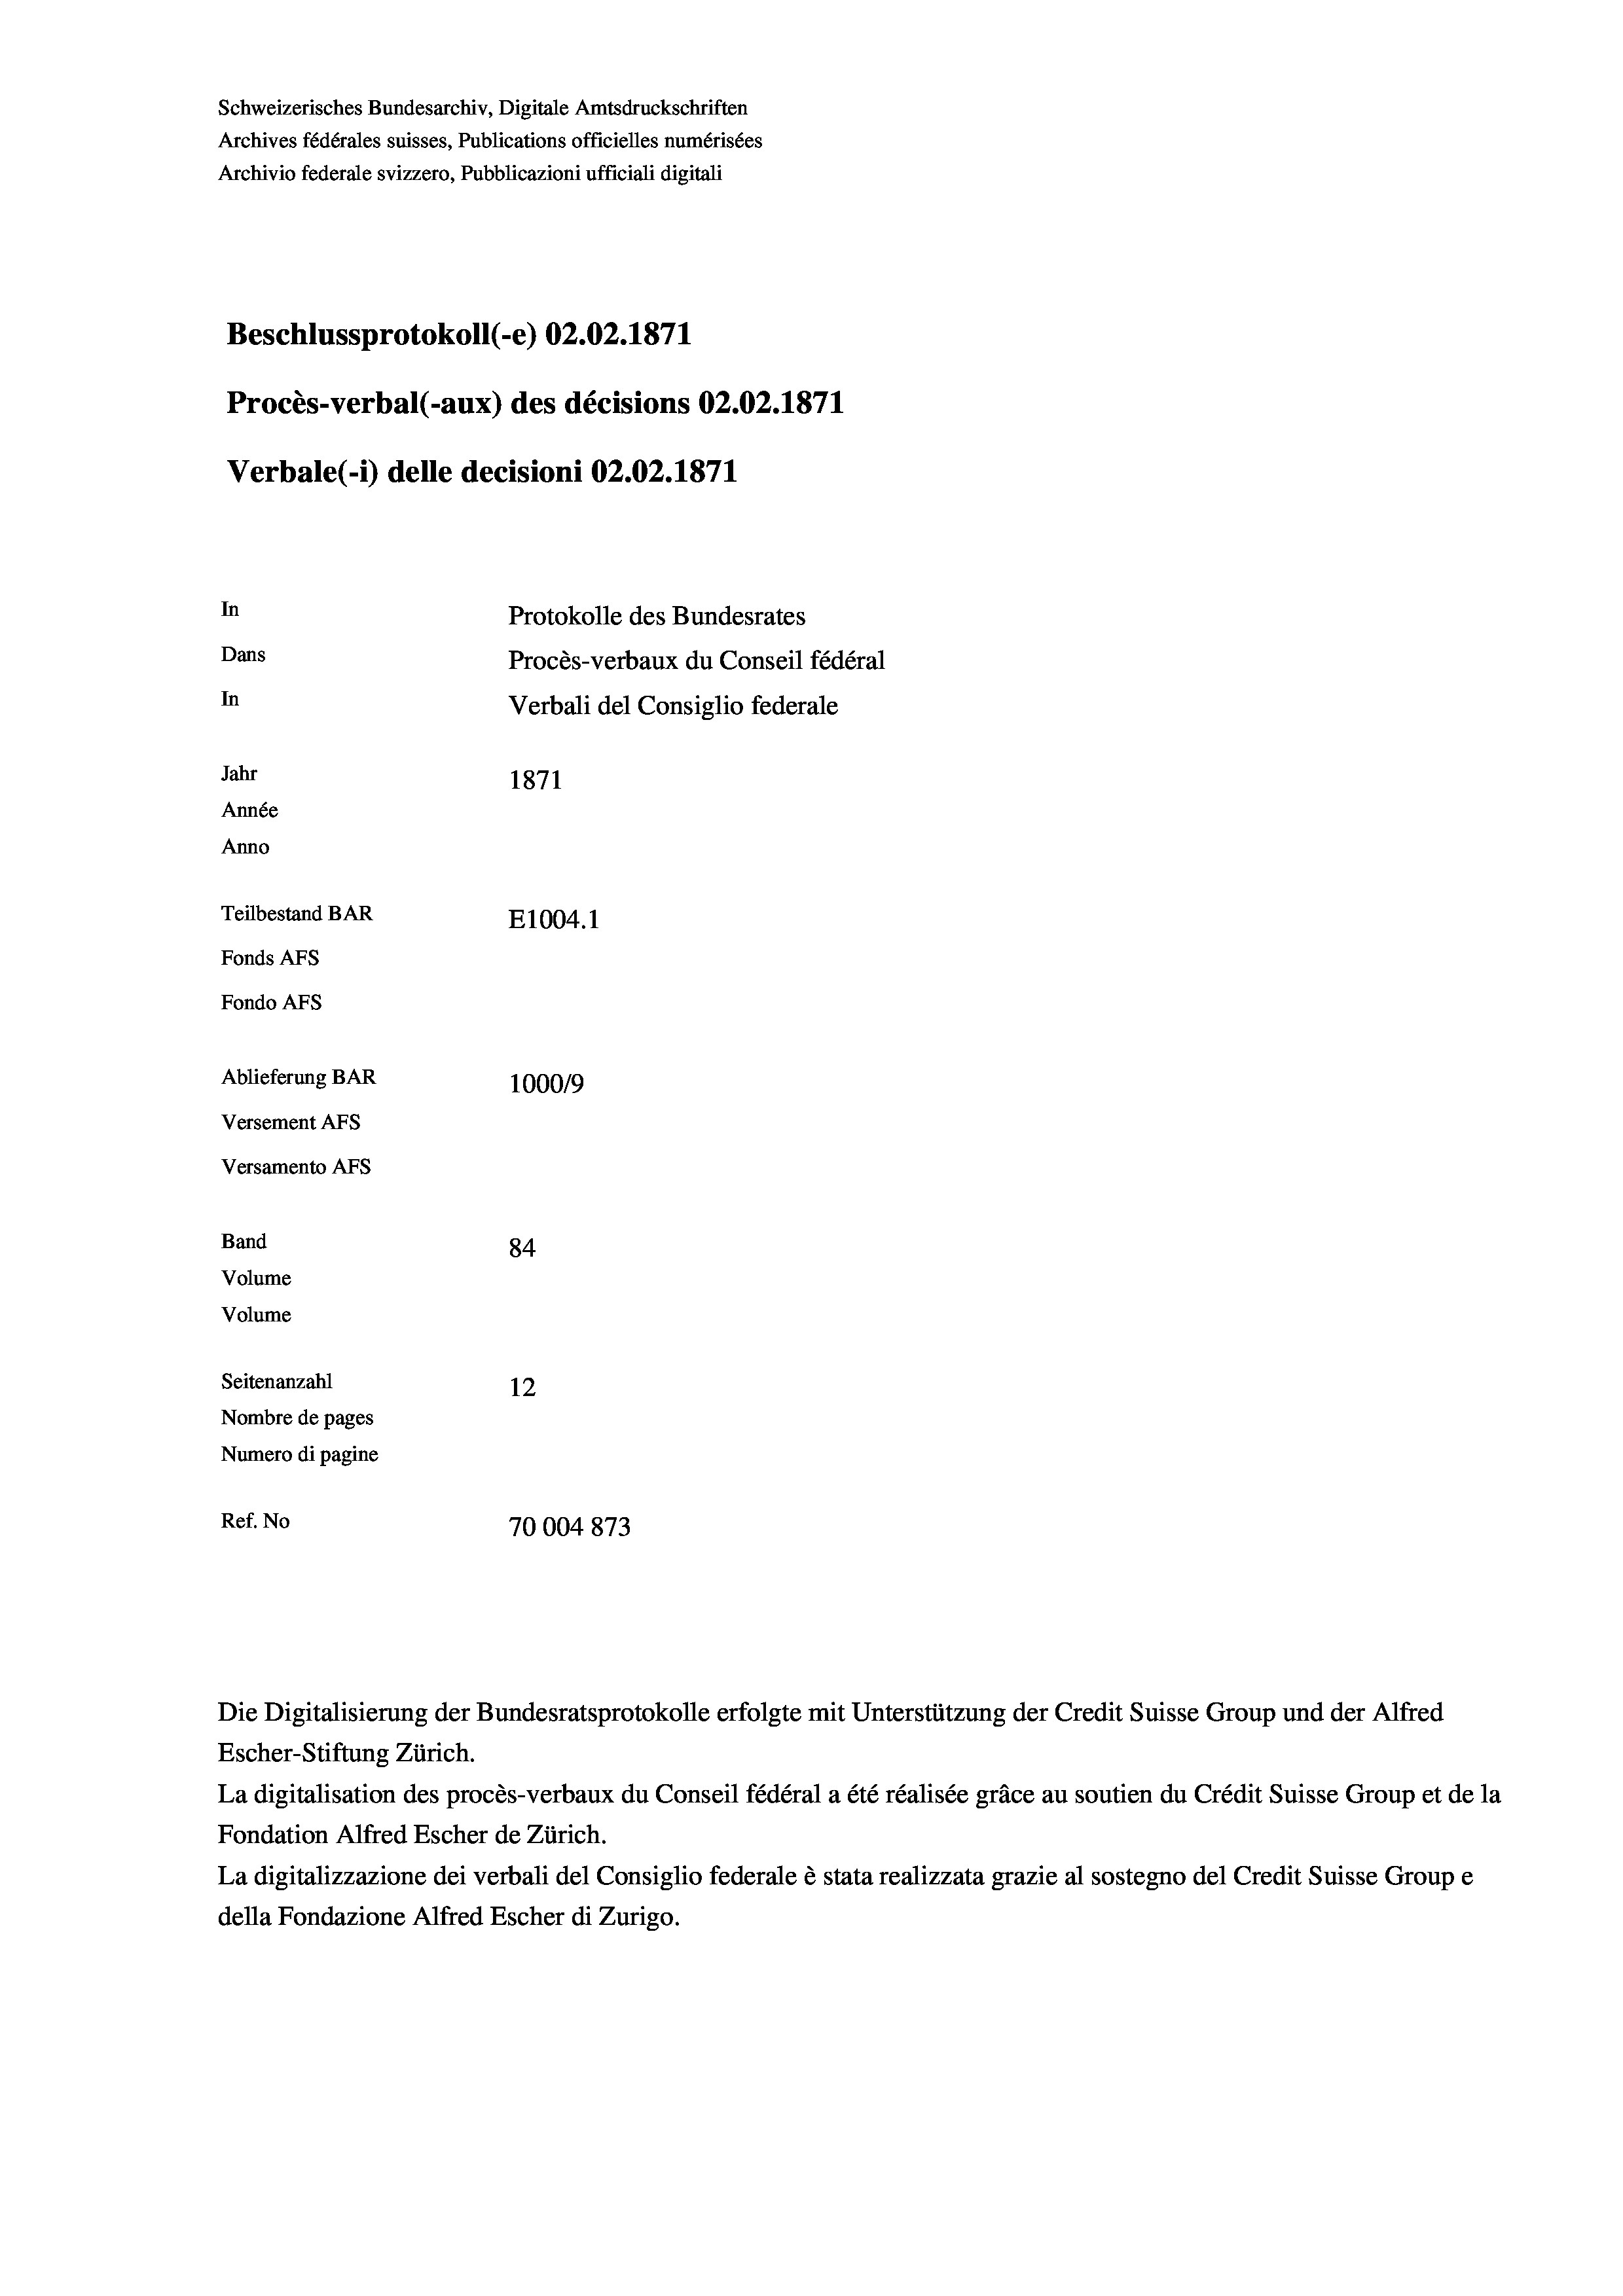
Schweizerisches Bundesarchiv, Digitale Amtsdruckschriften
Archives fédérales suisses, Publications officielles numérisées
Archivio federale svizzero, Pubblicazioni ufficiali digitali
Beschlussprotokoll (-e) 02.02. 1871
Procès-verbal (-aux) des décisions 02.02. 1871
Verbale (i) delle decisioni 02.02. 1871
In
Protokolle des Bundesrates
Dans
Procès-verbaux du Conseil fédéral
In
Verbali del Consiglio federale
Jahr
1871
Année
Anno
Teilbestand BAR
E1004. 1
Fonds AFs
Fondo AFs
Ablieferung BAR
1000/9
Versement Abs
Versamento Afs
Band
84
Volume
Volume
Seitenanzahl
12
Nombre de pages
Numero di pagine
Ref. No
70004 873

Escher-Stiftung Zürich.

Die Digitalisierung der Bundesratsprotokolle erfolgte mit Unterstützung der Credit Suisse Group und der Alfred

La digitalisation des procès-verbaux du Conseil fédéral a été réalisée gräce au soutien du Crédit Suisse Group et de la
Fondation Alfred Escher de Zürich.
La digitalizzazione dei verbali del Consiglio federale è stata realizzata grazie al sostegno del Credit Suisse Groupe
della Fondazione Alfred Escher di Zurigo.